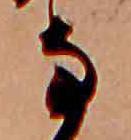
な